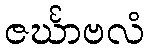
ဇင်္ဃာဗလံ